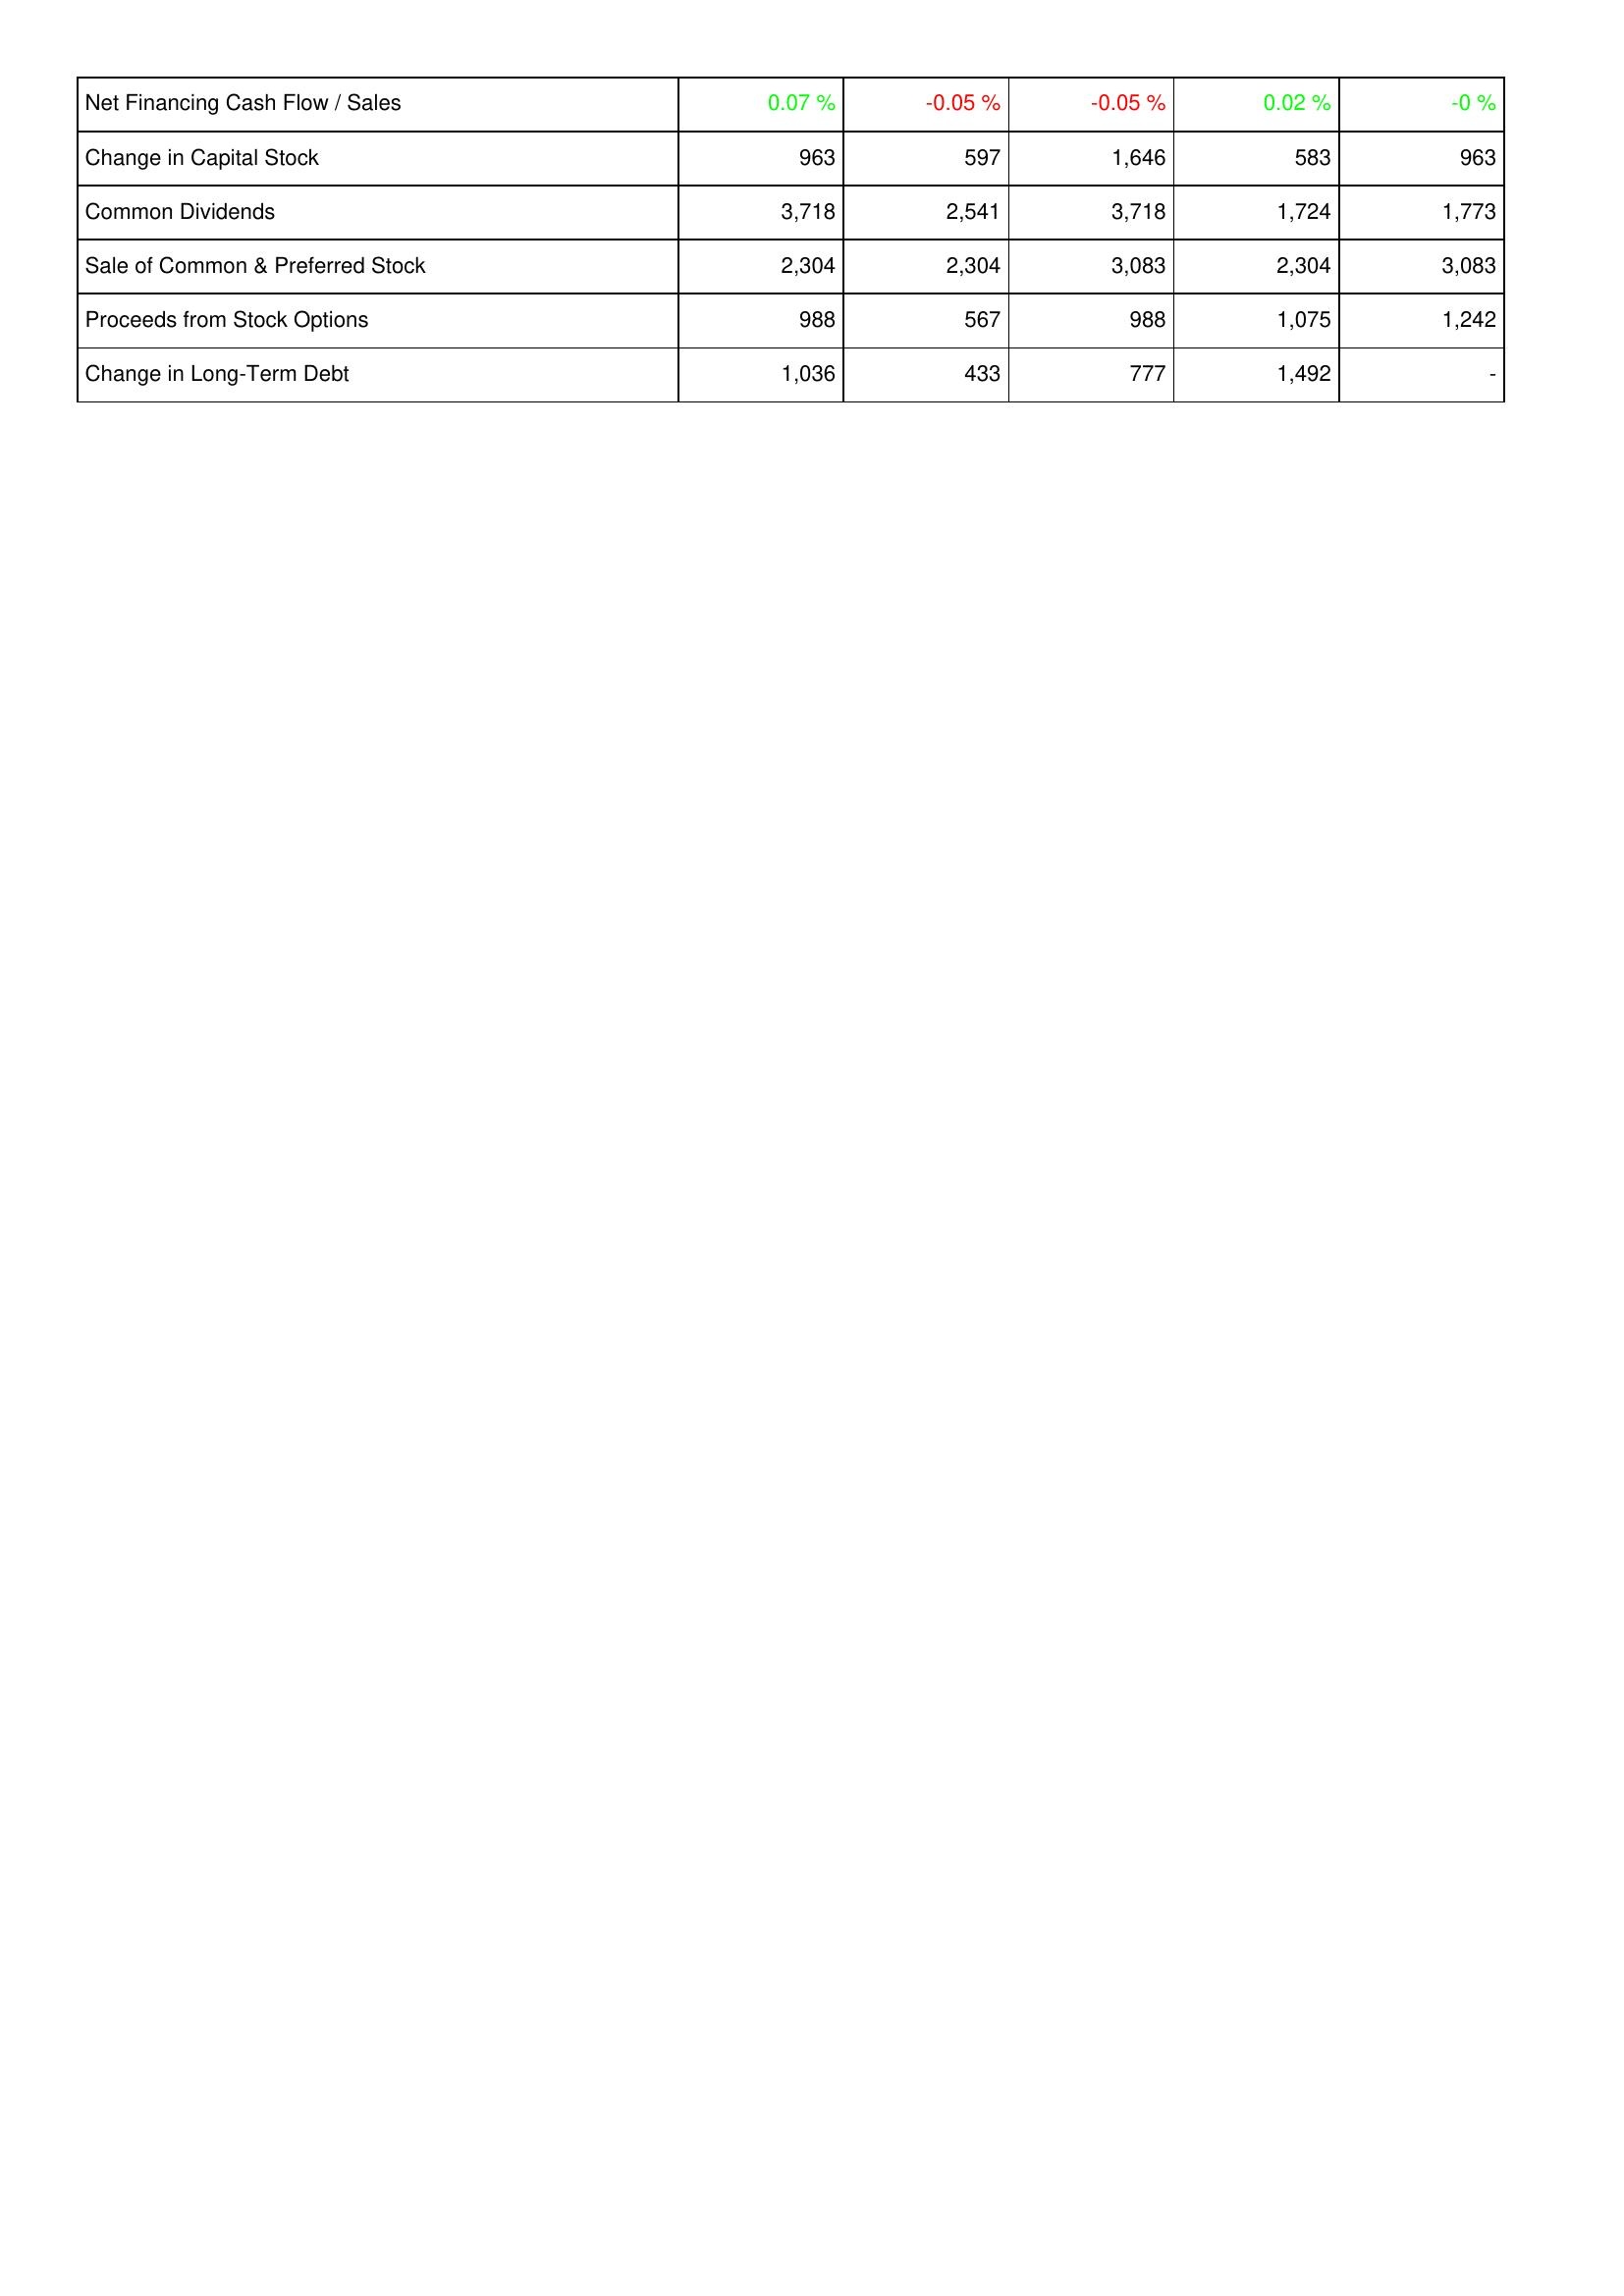
2017: Financing Activities: Net Financing Cash Flow / Sales: 0.07 %
Change in Capital Stock: 963
Common Dividends: 3,718
Sale of Common & Preferred Stock: 2,304
Proceeds from Stock Options: 988
Change in Long-Term Debt: 1,036
2016: Financing Activities: Net Financing Cash Flow / Sales: -0.05 %
Change in Capital Stock: 597
Common Dividends: 2,541
Sale of Common & Preferred Stock: 2,304
Proceeds from Stock Options: 567
Change in Long-Term Debt: 433
2015: Financing Activities: Net Financing Cash Flow / Sales: -0.05 %
Change in Capital Stock: 1,646
Common Dividends: 3,718
Sale of Common & Preferred Stock: 3,083
Proceeds from Stock Options: 988
Change in Long-Term Debt: 777
2014: Financing Activities: Net Financing Cash Flow / Sales: 0.02 %
Change in Capital Stock: 583
Common Dividends: 1,724
Sale of Common & Preferred Stock: 2,304
Proceeds from Stock Options: 1,075
Change in Long-Term Debt: 1,492
2013: Financing Activities: Net Financing Cash Flow / Sales: -0 %
Change in Capital Stock: 963
Common Dividends: 1,773
Sale of Common & Preferred Stock: 3,083
Proceeds from Stock Options: 1,242
Change in Long-Term Debt: -